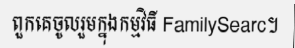
ពួកគេចូលរួមក្នុងកម្មវិធី FamilySearc។